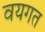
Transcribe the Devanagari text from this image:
वयगत